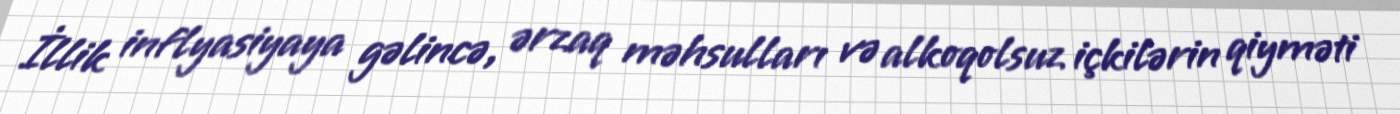
İllik inflyasiyaya gəlincə, ərzaq məhsulları və alkoqolsuz içkilərin qiyməti